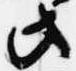
此